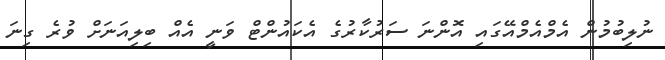
ނުލިބުމުން އެމްއެމްއޭގައި އޮންނަ ސަރުކާރުގެ އެކައުންޓް ވަނީ އެއް ބިލިއަނަށް ވުރެ ގިނަ